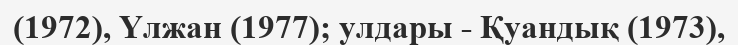
(1972), Үлжан (1977); улдары - Қуандық (1973),